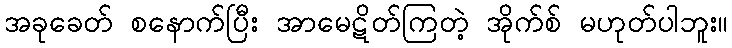
အခုခေတ် စနောက်ပြီး အာမေဋိတ်ကြတဲ့ အိုက်စ် မဟုတ်ပါဘူး။